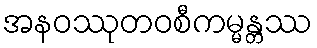
အနဝဿုတဝစီကမ္မန္တဿ